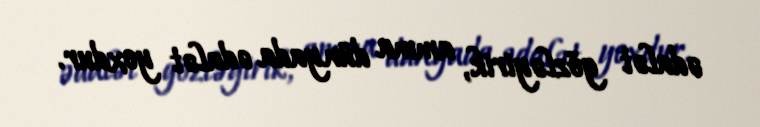
ədalət gözləyirik, amma dünyada ədalət yoxdur.